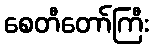
စေတီတော်ကြီး